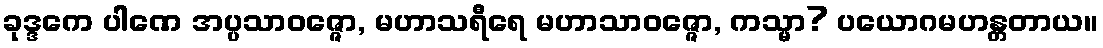
ခုဒ္ဒကေ ပါဏေ အပ္ပသာဝဇ္ဇော, မဟာသရီရေ မဟာသာဝဇ္ဇော, ကသ္မာ? ပယောဂမဟန္တတာယ။